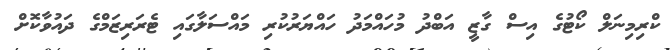
ކްރިމިނަލް ކޯޓުގެ އިސް ގާޒީ އަބްދު މުހައްމަދު ހައްޔަރުކުރި މައްސަލާގައި ޓެރަރިޒަމްގެ ދައުވާކޮށް